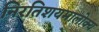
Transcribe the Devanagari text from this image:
निरतिशयमालोक्य